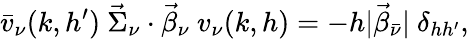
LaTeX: \bar{v}_{\nu}(k,h^{\prime})~\vec{\Sigma}_{\nu}\cdot\vec{\beta}_{\nu}~v_{\nu}(k,h)=-h|\vec{\beta}_{\bar{\nu}}|~\delta_{hh^{\prime}},